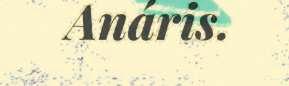
Anáris.